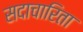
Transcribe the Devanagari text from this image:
सदाचारिता